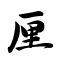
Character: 厘